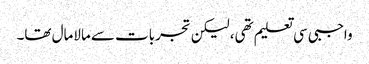
واجبی سی تعلیم تھی، لیکن تجربات سے مالامال تھا۔